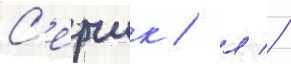
С'ерчик / л //